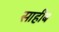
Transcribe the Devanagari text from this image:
साहीब